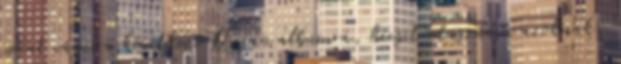
sokat várni a következő Ossian albumra, kicsit odaszúrva azoknak,